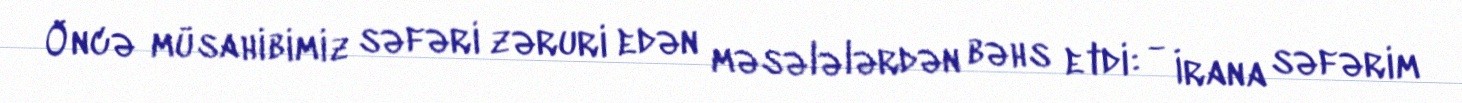
Öncə müsahibimiz səfəri zəruri edən məsələlərdən bəhs etdi: - İrana səfərim